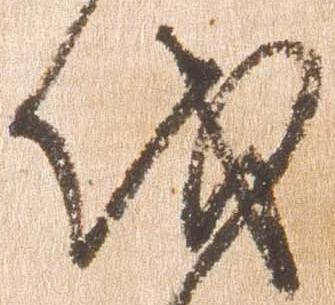
伐